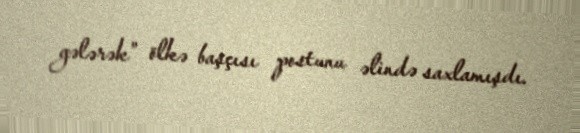
gələrək” ölkə başçısı postunu əlində saxlamışdı.